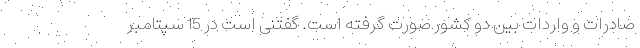
صادرات و واردات بین دو کشور صورت گرفته است. گفتنی است در 15 سپتامبر